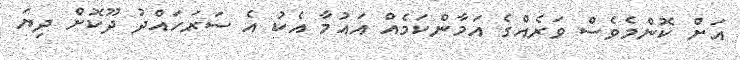
އަށް ކޮންމެވެސް ވަރެއްގެ އަމާންކަމެއް އައުމާ އެކު އެ ސަރަހައްދު ދޫކޮށް ދިޔަ